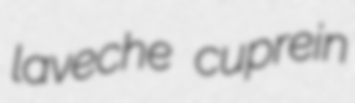
laveche cuprein